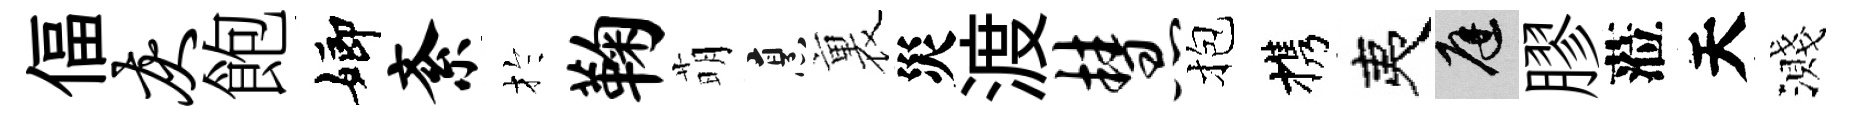
偪灰飽嫏紊扵鞠萌烹裏災渡慧抱携夷庭膠蒞天濺